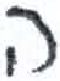
אות: ה